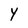
Character: Y